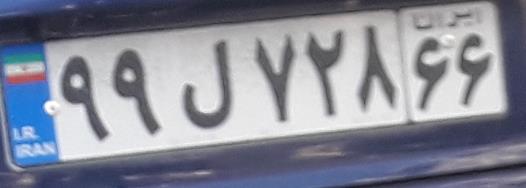
۹۹ل۷۲۸۶۶